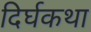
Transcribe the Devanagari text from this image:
दिर्घकथा